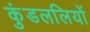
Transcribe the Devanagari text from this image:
कुंडललियों